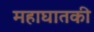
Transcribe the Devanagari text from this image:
महाघातकी